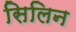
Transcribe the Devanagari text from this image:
सिलिन